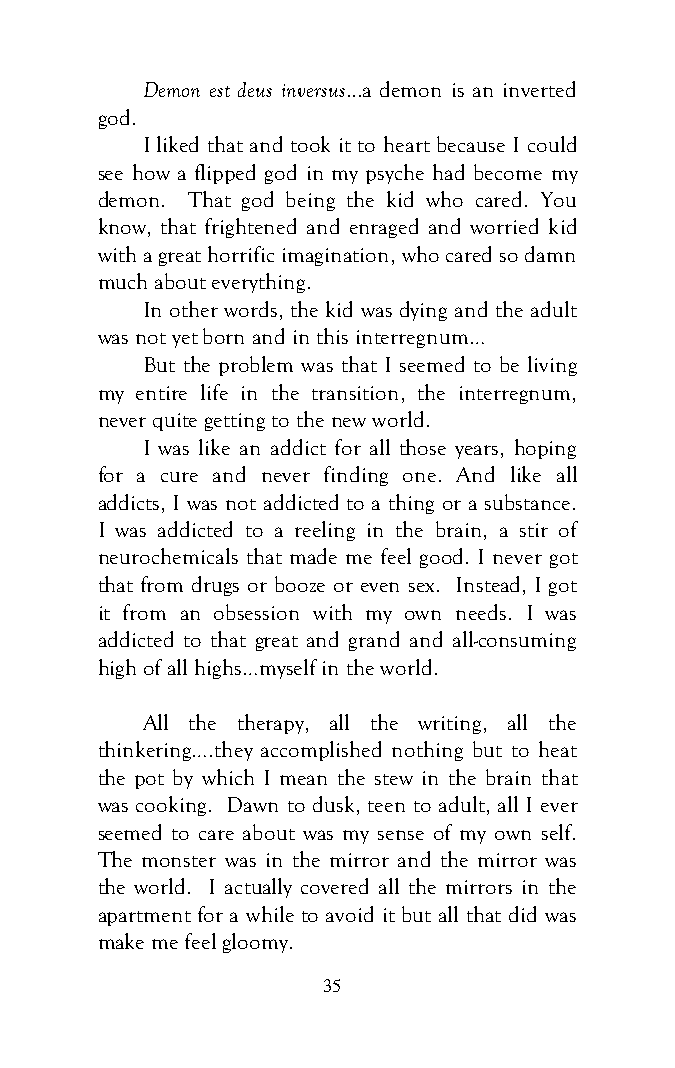
Demon est deus inversus...a demon is an inverted
 god.
 I liked that and took it to heart because I could
 see how a flipped god in my psyche had become my
 demon. That god being the kid who cared. You
 know, that frightened and enraged and worried kid
 with a great horrific imagination, who cared so damn
 much about everything.
 In other words, the kid was dying and the adult
 was not yet born and in this interregnum…
 But the problem was that I seemed to be living
 my entire life in the transition, the interregnum,
 never quite getting to the new world.
 I was like an addict for all those years, hoping
 for a cure and never finding one. And like all
 addicts, I was not addicted to a thing or a substance.
 I was addicted to a reeling in the brain, a stir of
 neurochemicals that made me feel good. I never got
 that from drugs or booze or even sex. Instead, I got
 it from an obsession with my own needs. I was
 addicted to that great and grand and all-consuming
 high of all highs…myself in the world.
 All the therapy, all the writing, all the
 thinkering….they accomplished nothing but to heat
 the pot by which I mean the stew in the brain that
 was cooking. Dawn to dusk, teen to adult, all I ever
 seemed to care about was my sense of my own self.
 The monster was in the mirror and the mirror was
 the world. I actually covered all the mirrors in the
 apartment for a while to avoid it but all that did was
 make me feel gloomy.
 35